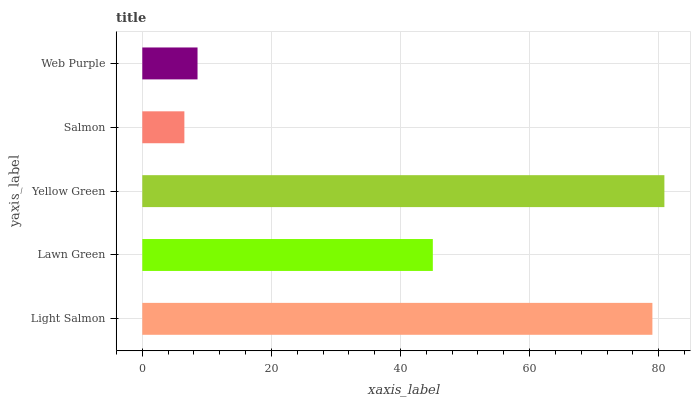
| yaxis_label | bars |
 | --- | --- |
 | Light Salmon | 79 |
 | Lawn Green | 45 |
 | Yellow Green | 80.9 |
 | Salmon | 6.52 |
 | Web Purple | 8.56 |